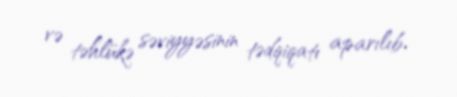
və təhlükə səviyyəsinin tədqiqatı aparılıb.